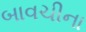
બાવચીના